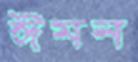
ঈমন